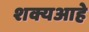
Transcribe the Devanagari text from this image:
शक्यआहे